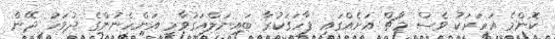
ކޮންމެ އަހަރަކު ވެސް މާޗް އަށެއްގައި ފާހަގަކުރާ ބައިނަލްއަގުވާމީ އަންހެނުންގެ ދުވަހު ދޭން